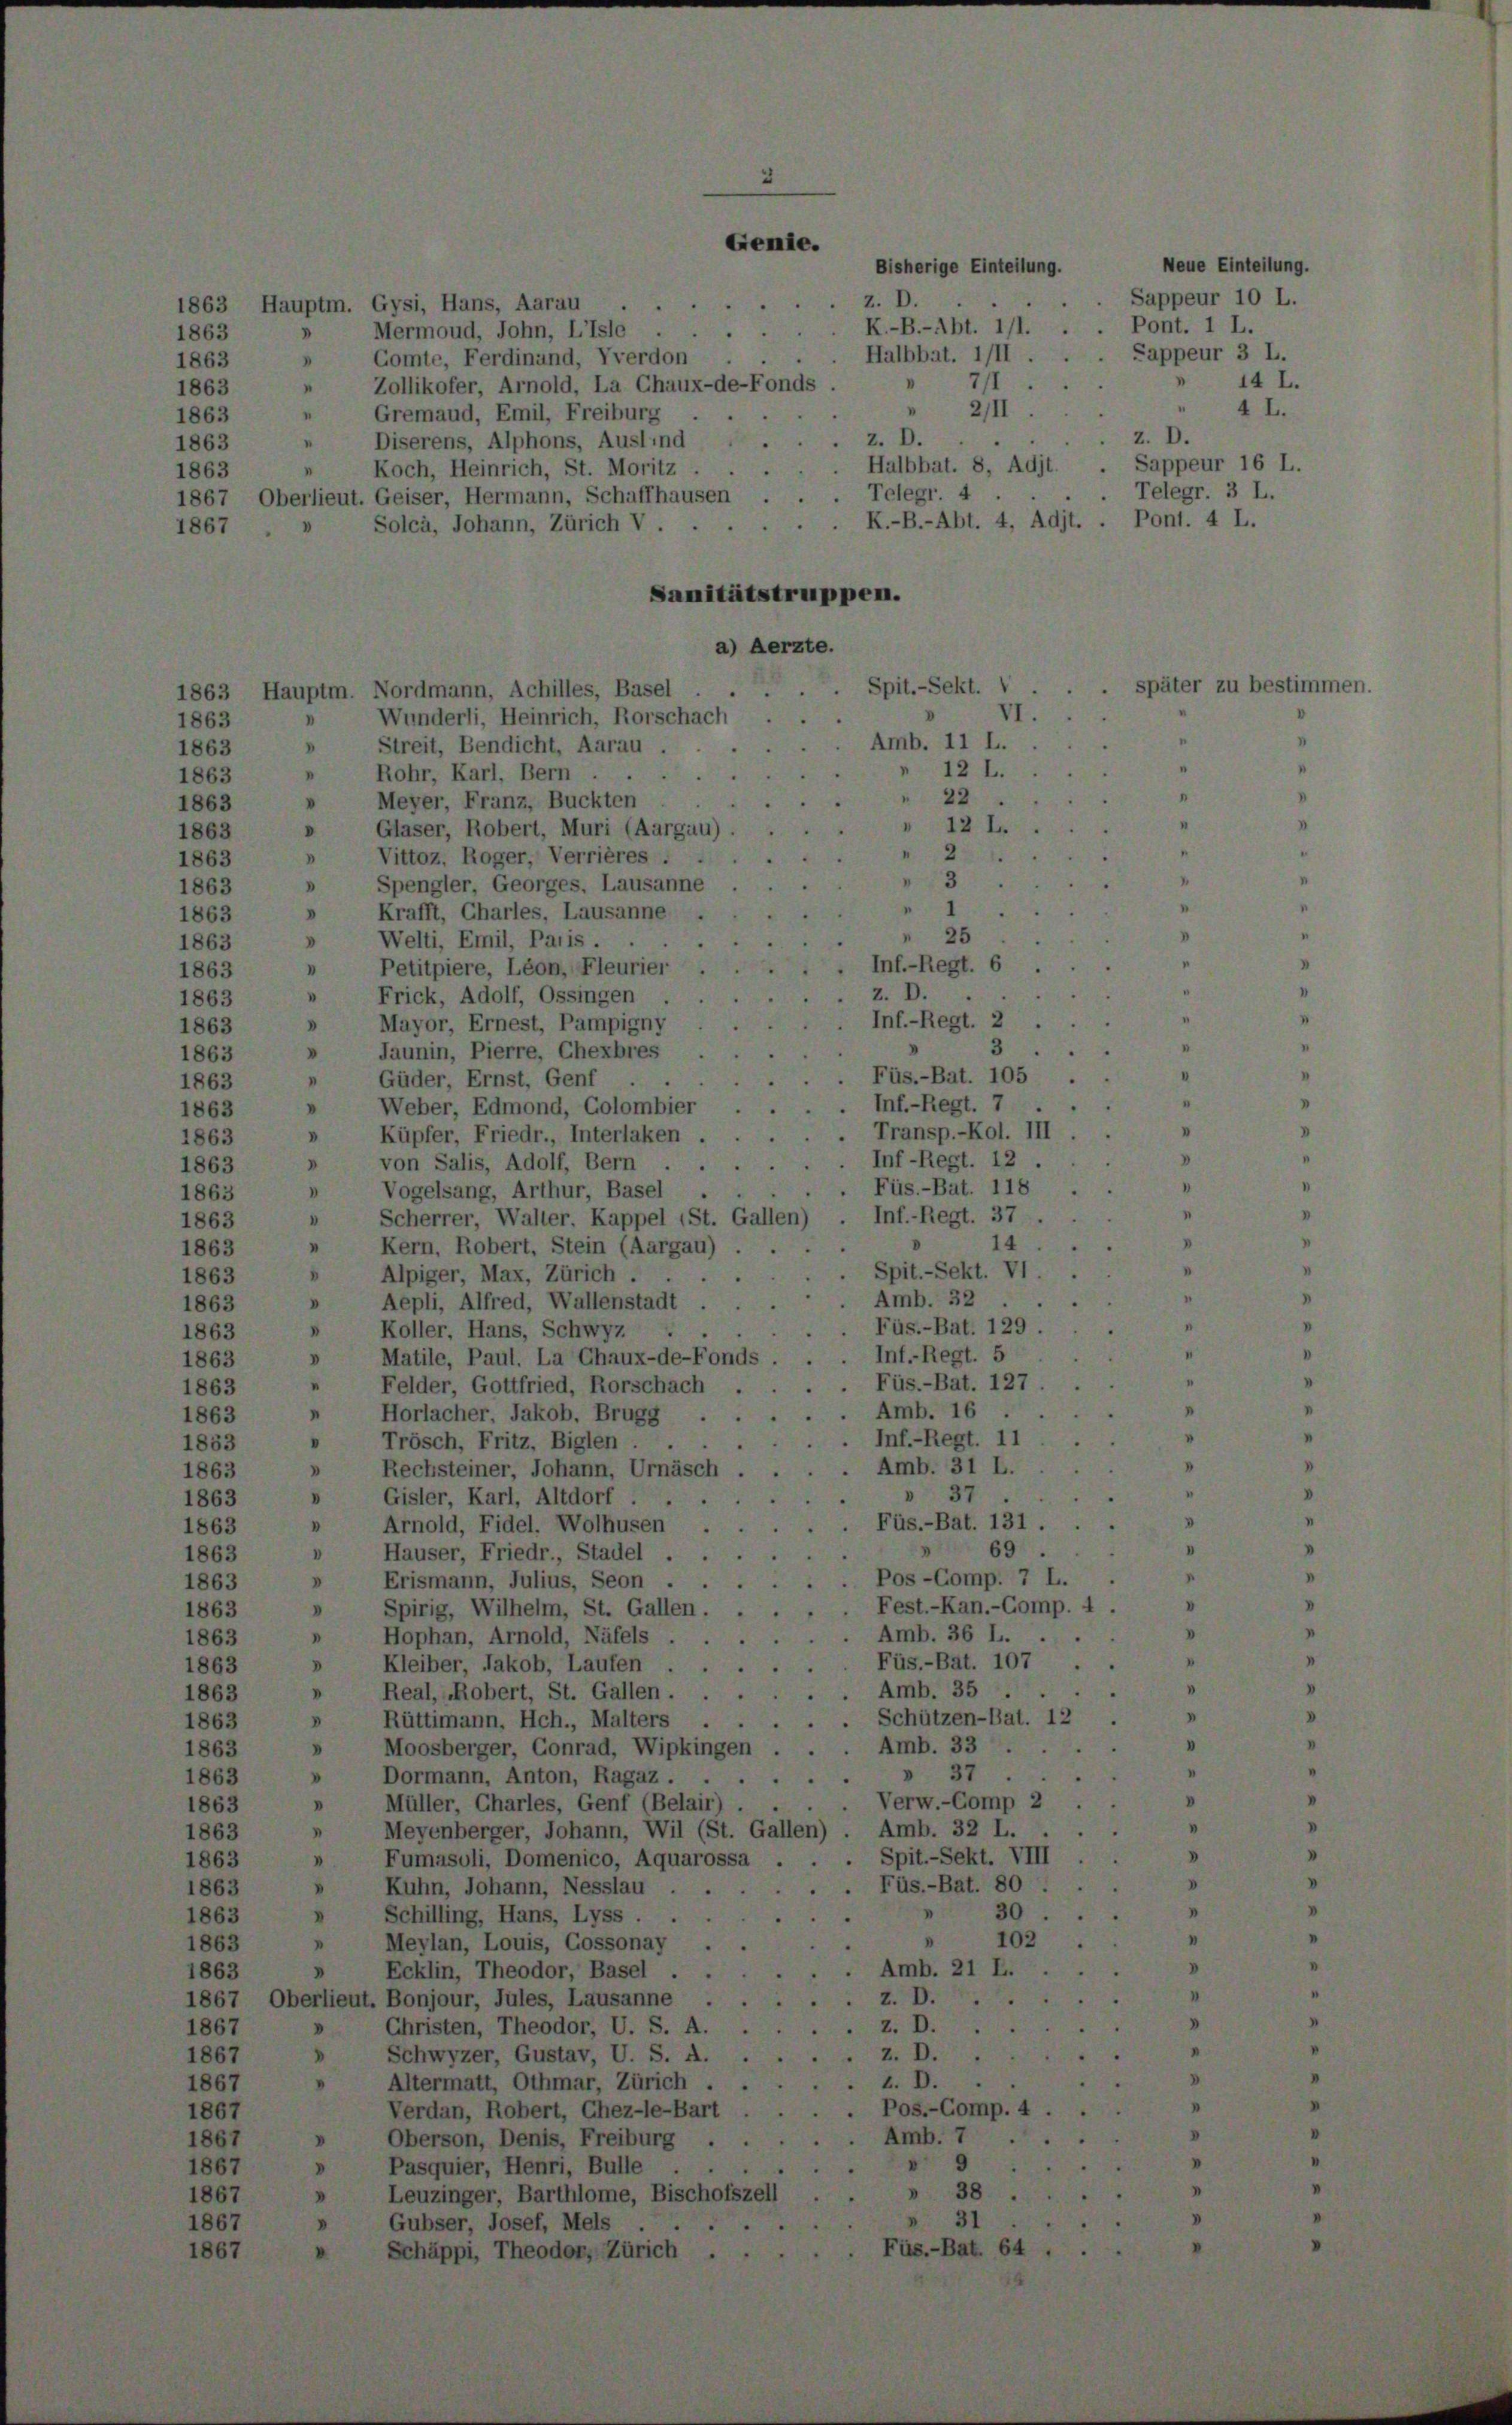
Genie.

Bisherige Einteilung.
z. D.
6
1863 Hauptm. Gysi, Hans, Aarau
K.-B.-Abt. 111.
Mermoud, John, Lisle .
1863
.
Halbbat. III
.
Comte, Ferdinand, Vverdon
1863
711
Zollikofer, Arnold, La Chaux-de-Fonds.
.
.
1863
"
2/II
Gremaud, Emil, Freiburg
1863
z. D.
Diserens, Alphons, Auslind
.
1863
Halbbat. 8, Adjt
Koch, Heinrich, St. Moritz
.
.
1863
Telegr. 4
1867, Oberlieut. Geiser, Hermann, Schaffhausen
K.-B.-Abt. 4, Adjt.
Solca, Johann, Zürich V
1867
Sanitätstruppen.
a) Aerzte.
Spit.-Sekt.
e
1863 Hauptm. Nordmann, Achilles, Basel
VI.
D
Wunderli, Heinrich, Rorschach
1863
.
Amb. 11 L.
Streit, Bendicht, Aarau
.
1863
12
" Rohr, Karl, Bern
1863
22
» Meyer, Franz, Buckten
1863
12 L.
Glaser, Robert, Muri (Aargau)
D
1863
Vittoz, Roger, Verrières.
2
.
1863
3
Spengler, Georges, Lausanne
1863
.
1
» Krafft, Charles, Lausanne.
1863
25
Welti, Emil, Paris .
1863
Inf.-Regt. 6
Petitpiere, Léon, Fleurier
1863
z. D.
Frick, Adolf, Ossingen
1863
Inf.-Regt. 2 .
Mayor, Ernest, Pampigny
.
1863
3
Jaunin, Pierre, Chexbres
1863
.
Füs.-Bat. 105 .
Güder, Ernst, Genf .
"
1863
Inf.-Regt. 7
Weber, Edmond, Golombier
.
1863
. Transp.-Kol. III
Küpfer, Friedr., Interlaken
n
1863
.Inf-Regt. 12.
von Salis, Adolf, Bern
1863
Füs.-Bat. 118
Vogelsang, Arthur, Basel
1863
.
" Scherrer, Walter. Kappel (St. Gallen) . Inf.-Regt. 37
1863
14
"
Kern, Robert, Stein (Aargau)
1863
. Spit.-Sekt. VI
Alpiger, Max, Zürich.
1863
Amb. 32
» Aepli, Alfred, Wallenstadt
1863
I
Füs.-Bat. 129.
Koller, Hans, Schwyz
1863
Inf.-Regt. 5
Matile, Paul. La Chaux-de-Fonds
V
1863
n
.Füs.-Bat. 127
Felder, Gottfried, Rorschach
1863
Amb. 16
 Horlacher, Jakob, Brugg .
1863
Inf.-Regt. 11
" Trösch, Fritz, Biglen .
u
1853
Amb. 31 L.
u
Rechsteiner, Johann, Urnäsch
1863
" " 37.
e
Gisler, Karl, Altdorf
1863
Füs.-Bat. 131.
.
Arnold, Fidel. Wolhusen
1863
“
69.
Häuser, Friedr., Stadel .
I
1863
Pos-Comp. 7 L.
V
Erismann, Julius, Seon .
1863
 Fest.-Kan.-Comp. 4
Spirig, Wilhelm, St. Gallen.
1863
d
Amb. 36 L....
Hophan, Arnold, Näfels.
.
1863
u
Füs.-Bat. 107
» Kleiber, Jakob, Laufen .
1863
Amb. 35.
"
Real, Robert, St. Gallen . . .
1863
.
. Schützen-Bat. 12
Rüttimann, Hch., Malters
V
1863
Amb. 33
Moosberger, Conrad, Wipkingen
1863
 37.
» Dormann, Anton, Ragaz.
1863
.Verw.-Comp 2
» Müller, Charles, Genf (Belair)
1863
Meyenberger, Johann, Wil (St. Gallen) . Amb. 32 L.
1863
» Fumasoli, Domenico, Aquarossa . . . Spit.-Sekt. VIII
1863
.. Füs.-Bat. 80
Kuhn, Johann, Nesslau ..
.
1863
30.
Schilling, Hans, Lyss . .
1863
.
102.
Meylan, Louis, Cossonay .
1863
Ecklin, Theodor, Basel
.
. Amb. 21 L.
1863
Z. D.
1867, Oberlieut. Bonjour, Jules, Lausanne
Z.
1867
Christen, Theodor, U. S. A. ..
» Schwyzer, Gustav, U. S. A. ..
1867
z. D.
z. D.
23
» Altermatt, Othmar, Zürich
1867
. Pos.-Comp. 4 ..
Verdan, Robert, Chez-le-Bart
1867
Amb. 7
 Oberson, Denis, Freiburg . .
1867
V
Pasquier, Henri, Bulle
1867
 38.
Leuzinger, Barthlome, Bischofszell
1867
31
Gubser, Josef, Mels
1867
Füs.-Bat. 64.
1867
Schäppi, Theoder, Zürich .
.

Neue Einteilung.
Sappeur 10 L.
Pont. 1 L.
Sappeur 3 L.
14 L.
" 4 L.
z. D.
Sappeur 16 L.
Telegr. 3 L.
Pont. 4 L.

zu bestimm